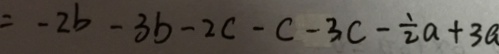
= - 2 b - 3 b - 2 c - c - 3 c - \frac { 1 } { 2 } a + 3 a